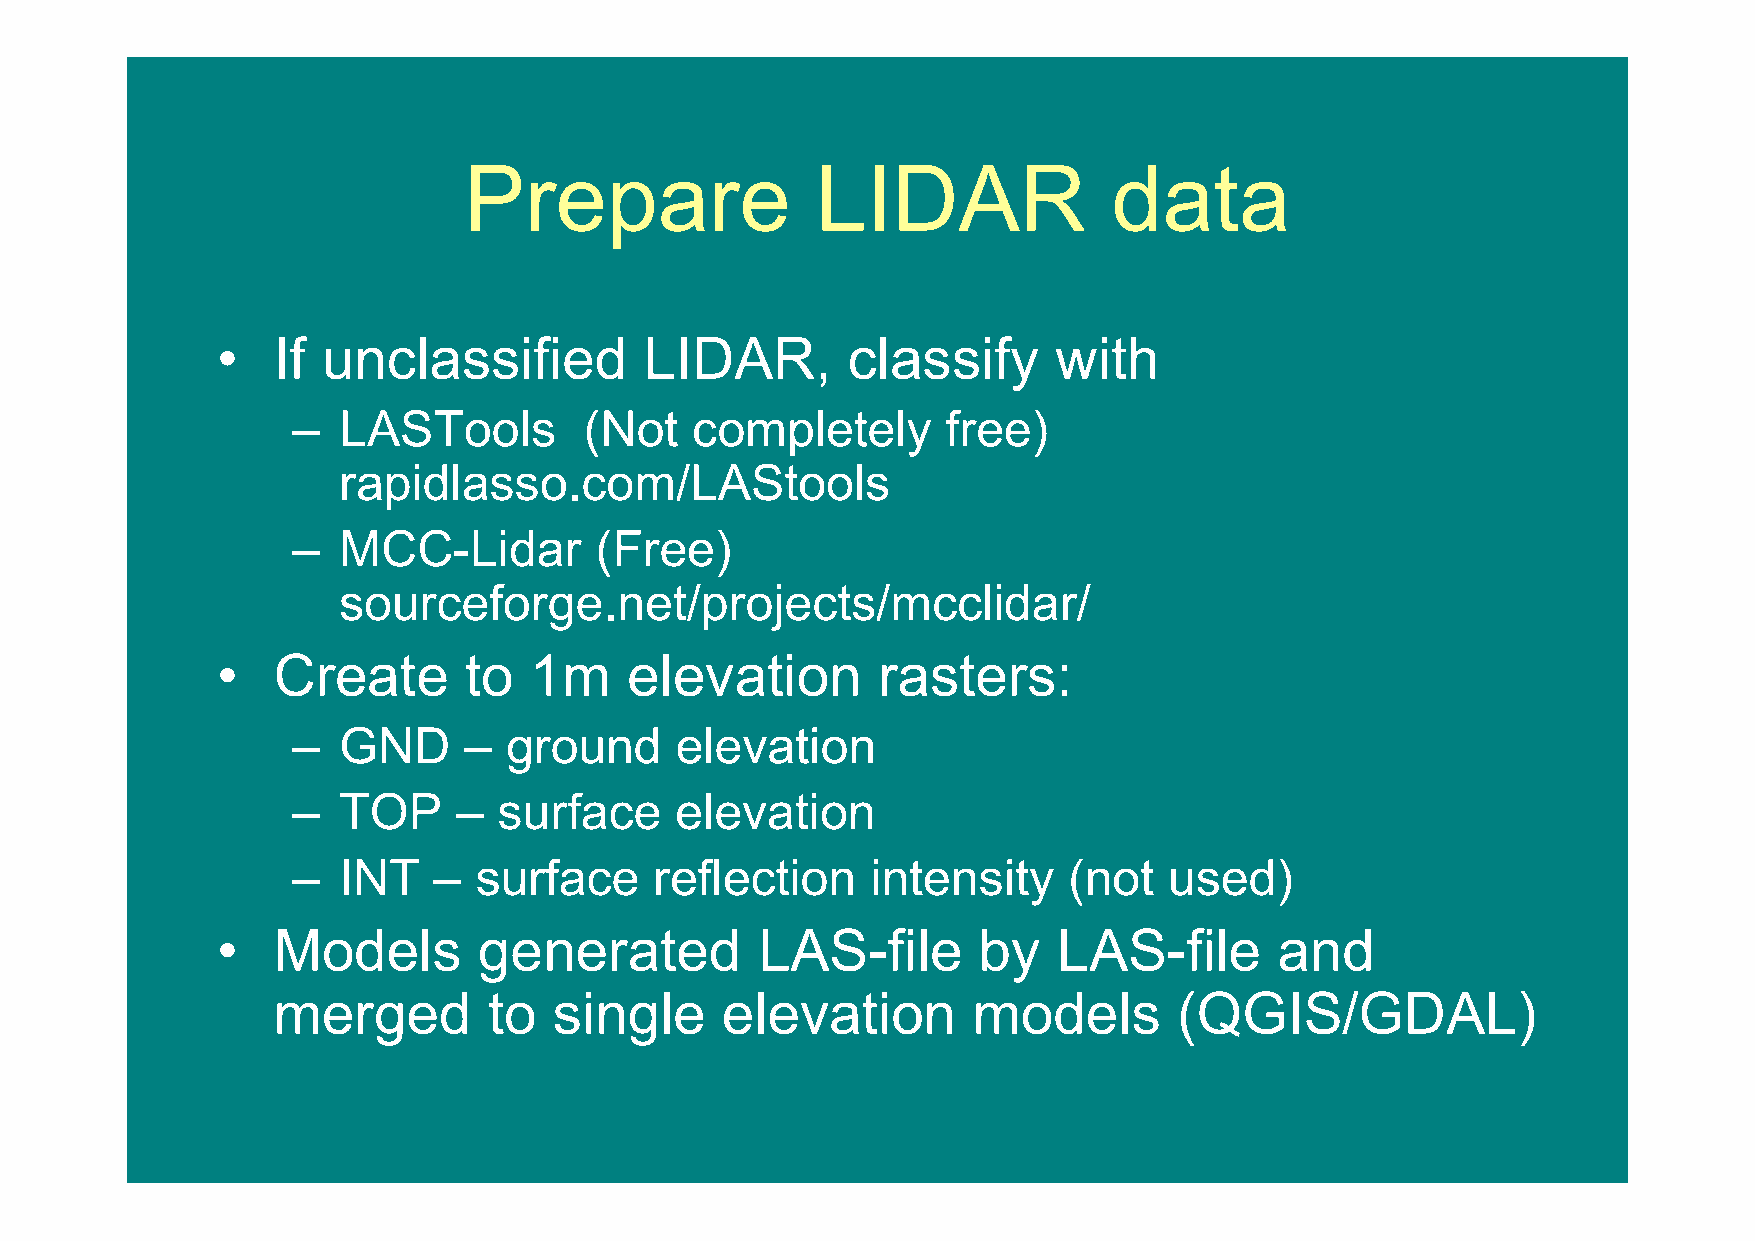
Prepare                LIDAR               data
 •   If unclassified          LIDAR,       classify      with
 –  LASTools         (Not   completely       free)
 rapidlasso.com/LAStools
 –  MCC-Lidar        (Free)
 sourceforge.net/projects/mcclidar/
 •   Create       to  1m     elevation       rasters:
 –  GND      –  ground     elevation
 –  TOP     –  surface     elevation
 –  INT    – surface     reflection     intensity    (not  used)
 •   Models        generated         LAS-file       by   LAS-file       and
 merged        to   single     elevation       models        (QGIS/GDAL)